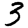
Digit: 3